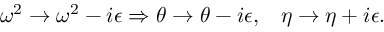
\omega ^ { 2 } \rightarrow \omega ^ { 2 } - i \epsilon \Rightarrow \theta \rightarrow \theta - i \epsilon , \; \; \; \eta \rightarrow \eta + i \epsilon .